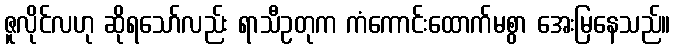
ဇူလိုင်လဟု ဆိုရသော်လည်း ရာသီဥတုက ကံကောင်းထောက်မစွာ အေးမြနေသည်။